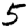
Digit: 5